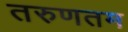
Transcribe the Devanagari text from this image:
तरुणतम